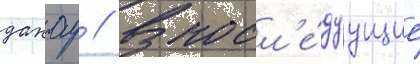
дахау // В посл'е́дуущие